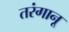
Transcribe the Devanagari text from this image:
तरंगानू